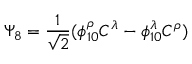
\Psi _ { 8 } = \frac { 1 } { \sqrt { 2 } } ( \phi _ { 1 0 } ^ { \rho } C ^ { \lambda } - \phi _ { 1 0 } ^ { \lambda } C ^ { \rho } )